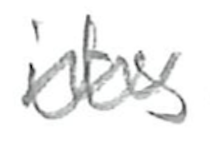
Text: its
Cross-out: mix
Writing tool: pencil